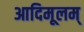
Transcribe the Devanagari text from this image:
आदिमूलम्